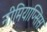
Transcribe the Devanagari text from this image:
नीमियाप्सिस